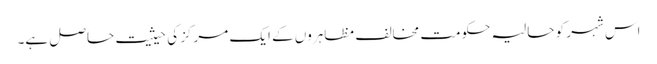
اس شہر کو حالیہ حکومت مخالف مظاہروں کے ایک مرکز کی حیثیت حاصل ہے۔